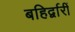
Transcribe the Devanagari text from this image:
बहिर्द्वारीं